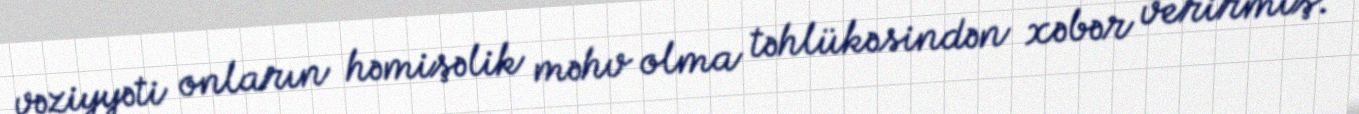
vəziyyəti onların həmişəlik məhv olma təhlükəsindən xəbər verirmiş.